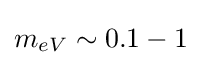
m_{eV}\sim 0.1-1